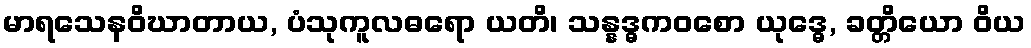
မာရသေနဝိဃာတာယ, ပံသုကူလဓရော ယတိ၊ သန္နဒ္ဓကဝစော ယုဒ္ဓေ, ခတ္တိယော ဝိယ